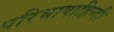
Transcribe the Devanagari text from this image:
परिभाषाहिन्दी